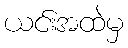
ယင်းအထဲမှ